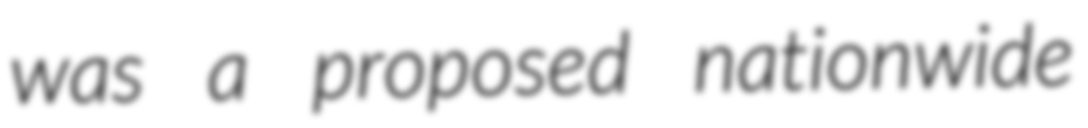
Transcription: was a proposed nationwide